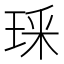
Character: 𭹏